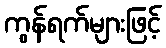
ကွန်ရက်များဖြင့်